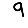
Digit: 9